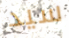
سيد